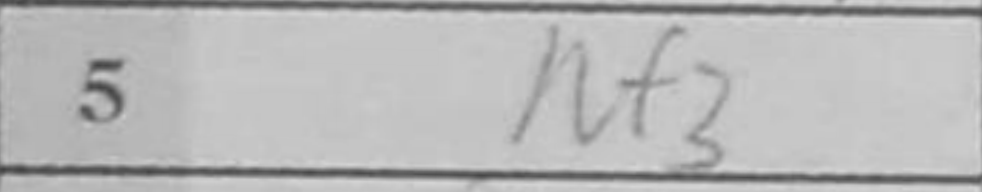
Transcription: Nf3